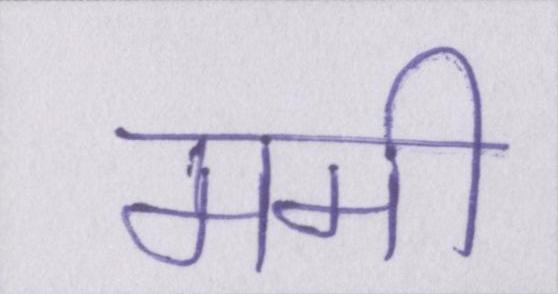
ममी